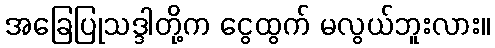
အခြေပြုသဒ္ဒါတို့က ငွေထွက် မလွယ်ဘူးလား။